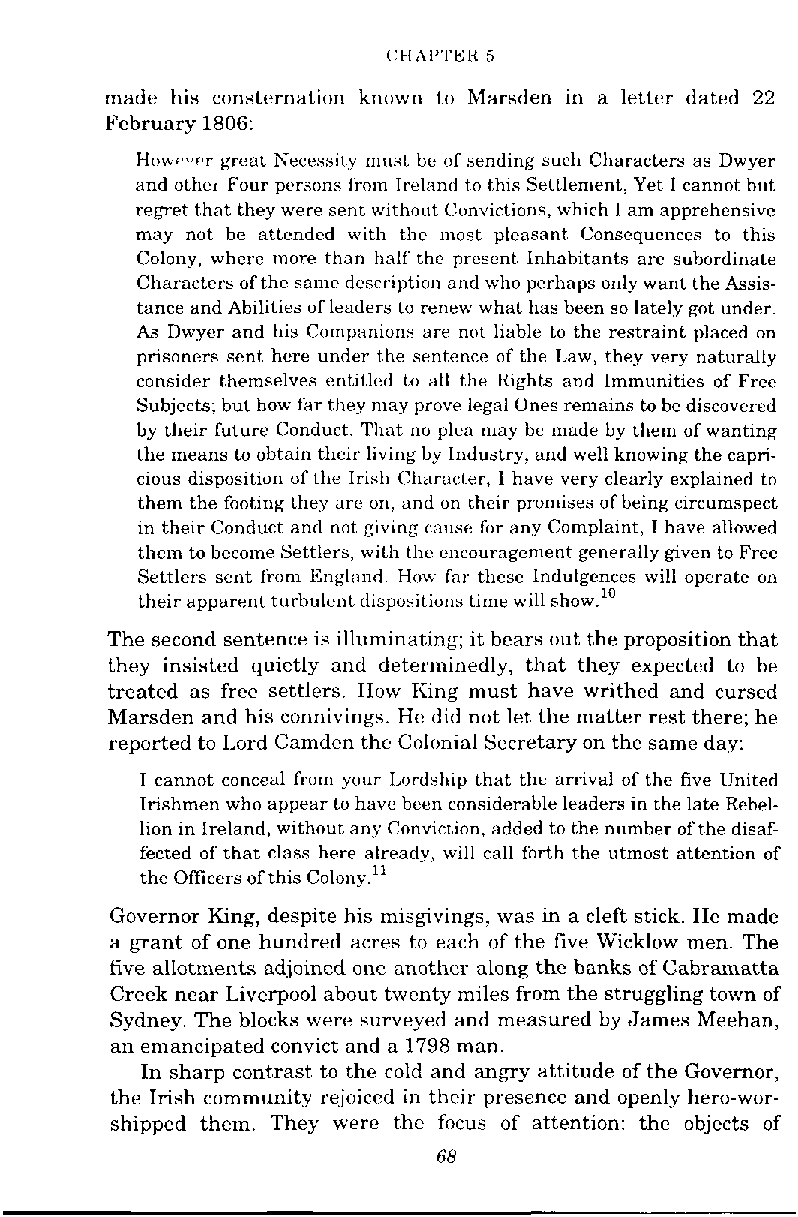
made his consternation known to Marsden in a letter dated 22
 February 1806:
 Howv.cr great Necessity must be of sending such Characters as Dwyer
 and othc~F our prrsons From Irt!l;~ndt o this Settlement, Yet I cannot but
 repet that they were sent without Convictions, which I am apprehensive
 may not he attended with the most pleasant Consequences to this
 Colony, where more than half the prcscnt Inhabitants are subordinate
 Characters of the same drsrription and who perhaps only want the Assis-
 tance and Abilities of leaders to renew what has been so lately got under.
 A5 Dwyer and his Companions are not liable to thc restraint placed on
 prisoners sent here under the sentence of the Law, they very naturally
 consider themselves entitlcd to all the Rights and Immunities of Free
 Subjects; hut how fhr they may prove legal Ones remains to be discovered
 by their future Conduct. That no plea may he made by them of wanting
 the means to obtain their living by Industry, and well knowing the capri-
 cious disposition of the Irish (:haracter, I have very clearly explained to
 them the footing they are on, and on their promises of being circumspect
 in their Conduct and not giving cause fur any Complaint, I have allowed
 them to become Settlers, with thc encouragement generally given to Free
 Settlers sent from Engl;~nd How Far these Indulgences will operate on
 their apparent turbulent dispositions time will show.10
 The second sentence is illuminating; it bears out the proposition that
 they insisted quietly and determinedly, that they expected to be
 treated as free settlers. How King must have writhed and cursed
 Marsden and his connivings. He did not let the matter rest there; he
 reported to Lord Camden the Colonial Secretary on the same day:
 I cannot conceal from your Lnrdship that the arrival of the five United
 Irishmen who appear to haw hcrn considerable leaders in the late Rebel-
 lion in Ireland, without any Conviction, added to the number of the disaf-
 fected of that class here already, will call forth the utmost attention of
 the Officers of this ~ o l o n ~ . ~ ~
 Governor King, despite his misgivings, was in a cleft stick. He made
 a grant of one hundred acres to each of the five Wicklow men. The
 five allotments adjoined onc another along the banks of Cabramatta
 Creek near Liverpool about twenty miles from the struggling town of
 Sydney. The blocks were surveyed and measured by James Meehan,
 an emancipated convict and a 1798 man.
 In sharp contrast to the cold and angry attitude of the Governor,
 the Irish community rejoicrd in thoir presence and openly hero-wor-
 shipped them. They were thc focus of attention: the objects of
 68